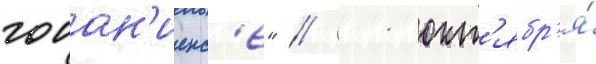
гоиан'иенс'е" // 11 окт'ябр'я́